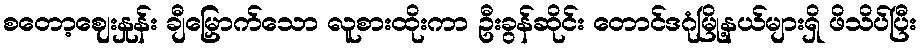
စတော့ဈေးနှုန်း ချီမြှောက်သော လူစားထိုးကာ ဦးခွန်ဆိုင်း တောင်ဒဂုံမြို့နယ်များရှိ ဖိသိပ်ပြီး